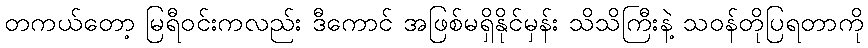
တကယ်တော့ မြရီဝင်းကလည်း ဒီကောင် အဖြစ်မရှိနိုင်မှန်း သိသိကြီးနဲ့ သဝန်တိုပြရတာကို